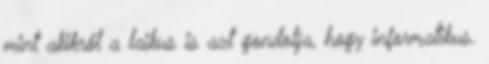
mint akikről a laikus is azt gondolja, hogy informatikus.